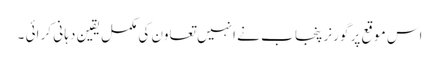
اس موقع پر گورنر پنجا ب نے انہیں تعاون کی مکمل یقین دہا نی کر ائی ۔